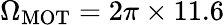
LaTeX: \Omega_{\mathrm{MOT}}=2\pi\times 11.6